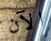
الآن